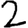
Digit: 2